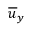
\overline { { u } } _ { y }